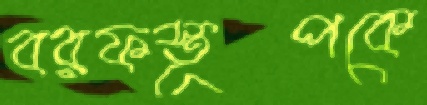
বরফস্তূপকে